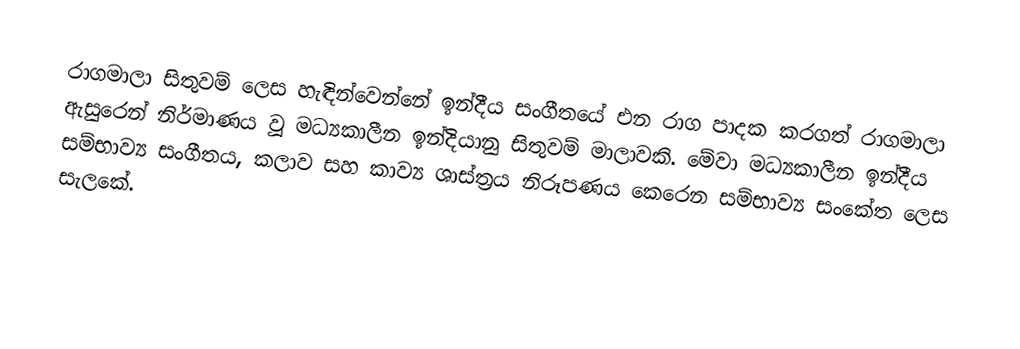
රාගමාලා සිතුවම් ලෙස හැඳින්වෙන්නේ ඉන්දීය සංගීතයේ එන රාග පාදක කරගත් රාගමාලා ඇසුරෙන් නිර්මාණය වූ මධ්‍යකාලීන ඉන්දියානු සිතුවම් මාලාවකි. මේවා මධ්‍යකාලීන ඉන්දීය සම්භාව්‍ය සංගීතය, කලාව සහ කාව්‍ය ශාස්ත්‍රය නිරූපණය කෙරෙන සම්භාව්‍ය සංකේත ලෙස සැලකේ.